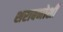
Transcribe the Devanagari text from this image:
शराबनोशी